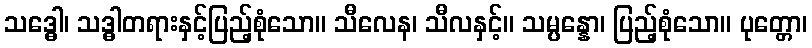
သဒ္ဓေါ၊ သဒ္ဓါတရားနှင့်ပြည့်စုံသော။ သီလေန၊ သီလနှင့်။ သမ္ပန္နော၊ ပြည့်စုံသော။ ပုတ္တော၊